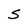
Character: S